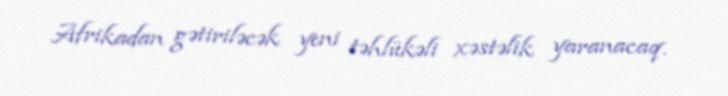
Afrikadan gətiriləcək yeni təhlükəli xəstəlik yaranacaq.